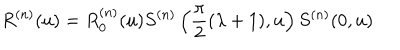
LaTeX: R ^ { ( n ) } ( u ) = R _ { 0 } ^ { ( n ) } ( u ) S ^ { ( n ) } \left( \frac { \pi } { 2 } ( \lambda + 1 ) , u \right) S ^ { ( n ) } ( 0 , u )